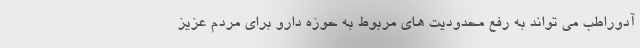
آدوراطب می تواند به رفع محدودیت های مربوط به حوزه دارو برای مردم عزیز